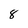
Character: 8